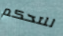
للتحكم